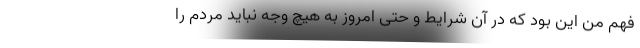
فهم من این بود که در آن شرایط و حتی امروز به هیچ وجه نباید مردم را